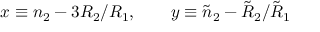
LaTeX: x \equiv n _ { 2 } - 3 R _ { 2 } / R _ { 1 } , \qquad y \equiv \tilde { n } _ { 2 } - \tilde { R } _ { 2 } / \tilde { R } _ { 1 }